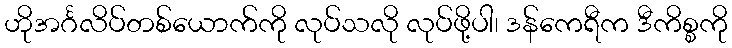
ဟိုအင်္ဂလိပ်တစ်ယောက်ကို လုပ်သလို လုပ်ဖို့ပါ၊ ဒန်ကေရီက ဒီကိစ္စကို